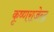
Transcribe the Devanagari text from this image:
कृष्णराजेन्द्र